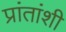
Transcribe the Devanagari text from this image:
प्रांतांशी